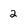
Character: 2